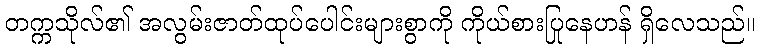
တက္ကသိုလ်၏ အလွမ်းဇာတ်ထုပ်ပေါင်းများစွာကို ကိုယ်စားပြုနေဟန် ရှိလေသည်။